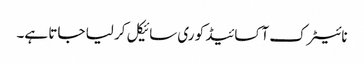
نائیٹرک آکسائیڈ کو ری سائیکل کر لیا جاتا ہے۔